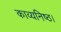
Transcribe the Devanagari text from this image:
काव्यनिष्ठ।